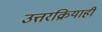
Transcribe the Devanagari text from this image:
उत्तरक्रियाही